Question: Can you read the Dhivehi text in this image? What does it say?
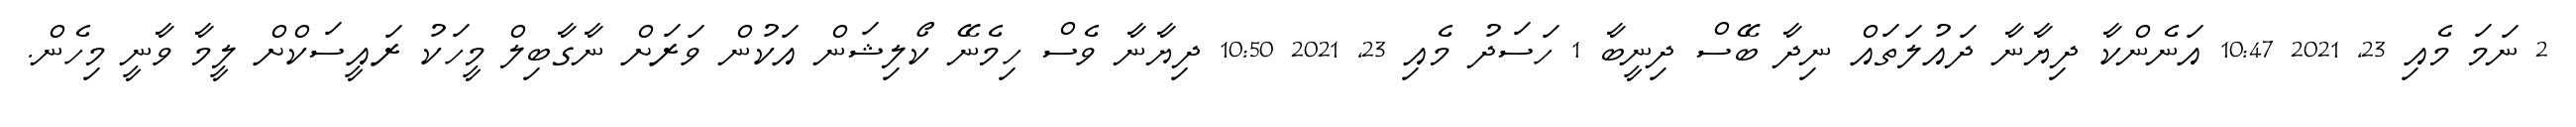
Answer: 2 ނަމަ މެއި 23, 2021 10:47 އަނެންކާ ދިޔާނާ ދައުލަތައް ނިދާ ބޭސް ދިނީބާ 1 ހަސަދު މެއި 23, 2021 10:50 ދިޔާނާ ވެސް ހިމެނޭ ކޯލިޝަން އަކުން ވަރަށް ނާގާބިލް މީހަކު ރައީސަކްށް ލީމާ ވާނީ މިހެން.